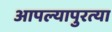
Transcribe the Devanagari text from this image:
आपल्यापुरत्या